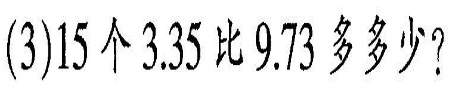
(3)l5个3.35比9.73多多少？